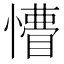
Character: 𢢺